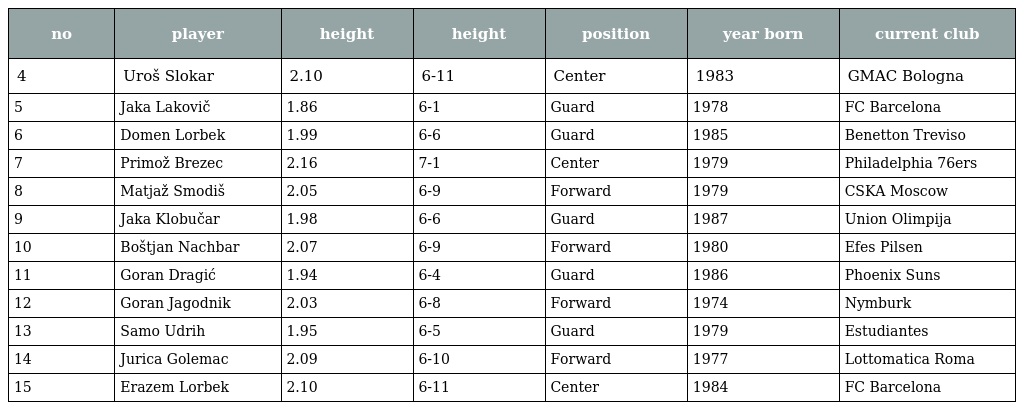
| no | player | height | height | position | year born | current club |
 | --- | --- | --- | --- | --- | --- | --- |
 | 4 | Uroš Slokar | 2.10 | 6-11 | Center | 1983 | GMAC Bologna |
 | 5 | Jaka Lakovič | 1.86 | 6-1 | Guard | 1978 | FC Barcelona |
 | 6 | Domen Lorbek | 1.99 | 6-6 | Guard | 1985 | Benetton Treviso |
 | 7 | Primož Brezec | 2.16 | 7-1 | Center | 1979 | Philadelphia 76ers |
 | 8 | Matjaž Smodiš | 2.05 | 6-9 | Forward | 1979 | CSKA Moscow |
 | 9 | Jaka Klobučar | 1.98 | 6-6 | Guard | 1987 | Union Olimpija |
 | 10 | Boštjan Nachbar | 2.07 | 6-9 | Forward | 1980 | Efes Pilsen |
 | 11 | Goran Dragić | 1.94 | 6-4 | Guard | 1986 | Phoenix Suns |
 | 12 | Goran Jagodnik | 2.03 | 6-8 | Forward | 1974 | Nymburk |
 | 13 | Samo Udrih | 1.95 | 6-5 | Guard | 1979 | Estudiantes |
 | 14 | Jurica Golemac | 2.09 | 6-10 | Forward | 1977 | Lottomatica Roma |
 | 15 | Erazem Lorbek | 2.10 | 6-11 | Center | 1984 | FC Barcelona |